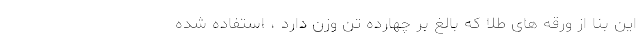
این بنا از ورقه ‌های طلا که بالغ بر چهارده تن وزن دارد ، استفاده شده